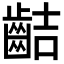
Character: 𪗾